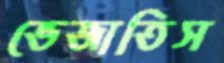
ভেজাতিস